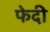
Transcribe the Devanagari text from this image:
फेदी